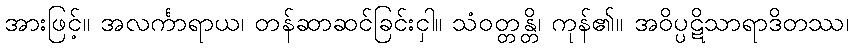
အားဖြင့်။ အလင်္ကာရာယ၊ တန်ဆာဆင်ခြင်းငှါ။ သံဝတ္တန္တိ၊ ကုန်၏။ အဝိပ္ပဋိသာရာဒိတဿ၊